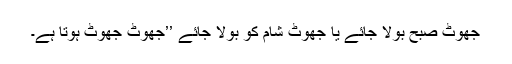
جھوٹ صبح بولا جائے یا جھوٹ شام کو بولا جائے ’’جھوٹ جھوٹ ہوتا ہے۔